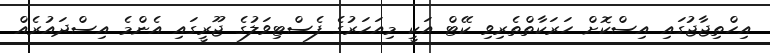
އިހްތިޖާޖުގައި އިސްކޮށް ހަރަކާތްތެރިވި ކޭޓް އަކީ މިއަހަރުގެ ފެސްޓިވަލުގެ ޖޫރީގައި އެންމެ އިސްދައުރެއް